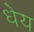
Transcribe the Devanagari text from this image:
धेय